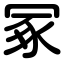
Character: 冢